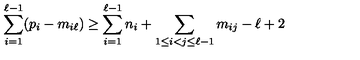
\sum _ { i = 1 } ^ { \ell - 1 } ( p _ { i } - m _ { i \ell } ) \geq \sum _ { i = 1 } ^ { \ell - 1 } n _ { i } + \sum _ { 1 \leq i < j \leq \ell - 1 } m _ { i j } - \ell + 2